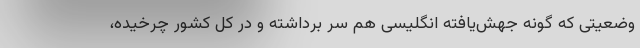
وضعیتی که گونه جهش‌یافته انگلیسی هم سر برداشته و در کل کشور چرخیده،